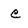
Character: c